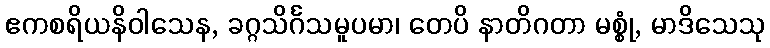
ဧကစရိယနိဝါသေန, ခဂ္ဂသိင်္ဂသမူပမာ၊ တေပိ နာတိဂတာ မစ္စုံ, မာဒိသေသု